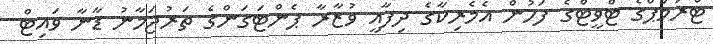
ޓްރަމްޕްގެ ޓްވީޓްގެ ފަހުން އެމެރިކާގެ ދިފާއީ ވުޒާރާ ޕެންޓަގަންގެ ތަރުޖަމާނު ޑާނާ ވައިޓް